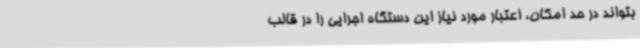
بتواند در حد امکان،‌ اعتبار مورد نیاز این دستگاه اجرایی را در قالب